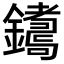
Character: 𨮩